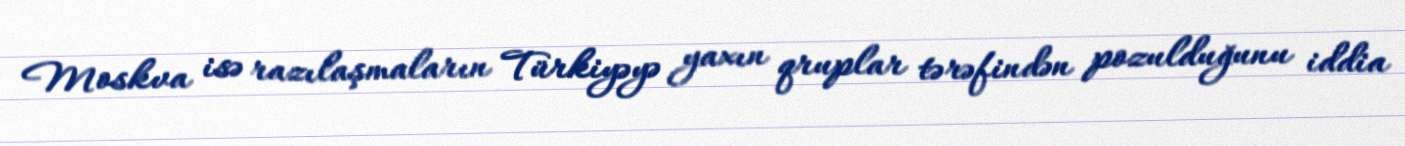
Moskva isə razılaşmaların Türkiyəyə yaxın qruplar tərəfindən pozulduğunu iddia